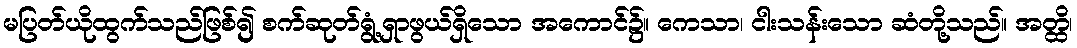
မပြတ်ယိုထွက်သည်ဖြစ်၍ စက်ဆုတ်ရွံ့ရှာဖွယ်ရှိသော အကောင်၌။ ကေသာ၊ ငါးသန်းသော ဆံတို့သည်။ အတ္ထိ၊